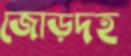
জোড়দহ